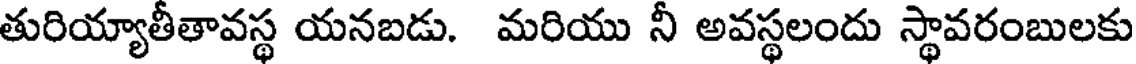
తురియ్యాతీతావస్థ యనబడు. మరియు నీ అవస్థలందు స్థావరంబులకు